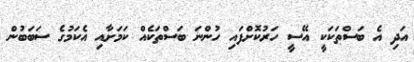
އަދި އެ ބަސްތަކަކީ އޭސީ ހަރުކޮށްފައި ހުންނަ ބަސްތަކެއް ކަމަށާއި އެކަމުގެ ސަބަބުން